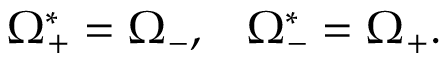
\Omega _ { + } ^ { * } = \Omega _ { - } , \; \; \; \Omega _ { - } ^ { * } = \Omega _ { + } .